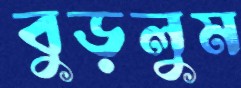
বুড়লুম